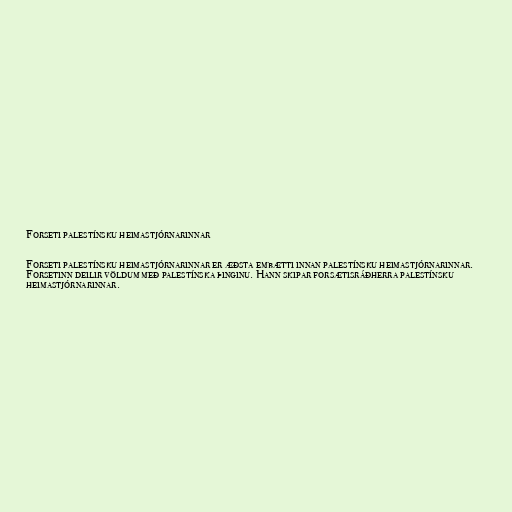
Forseti palestínsku heimastjórnarinnar

Forseti palestínsku heimastjórnarinnar er æðsta embætti innan palestínsku heimastjórnarinnar.
Forsetinn deilir völdum með palestínska þinginu. Hann skipar forsætisráðherra palestínsku
heimastjórnarinnar.